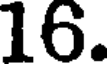
16.